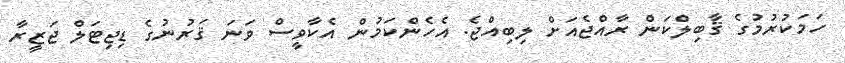
ހަމަކުރުމުގެ ޤާބިލްކަން ރާއްޖެއަށް ލިބިއްޖެ. އެހެންކަމުން އެކާވީސް ވަނަ ޤަރުނުގެ ޑިޖިޓަލް ޖަޒީރާ